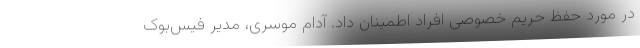
در مورد حفظ حریم خصوصی افراد اطمینان داد. آدام موسری، مدیر فیس‌بوک